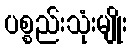
ပစ္စည်းသုံးမျိုး